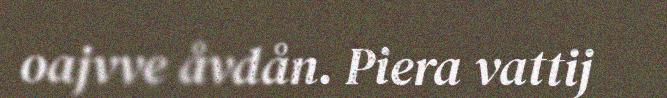
oajvve åvdån. Piera vattij